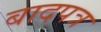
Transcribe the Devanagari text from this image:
बादपत्र